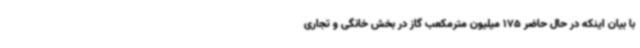
با بیان اینکه در حال حاضر 175 میلیون مترمکعب گاز در بخش خانگی و تجاری